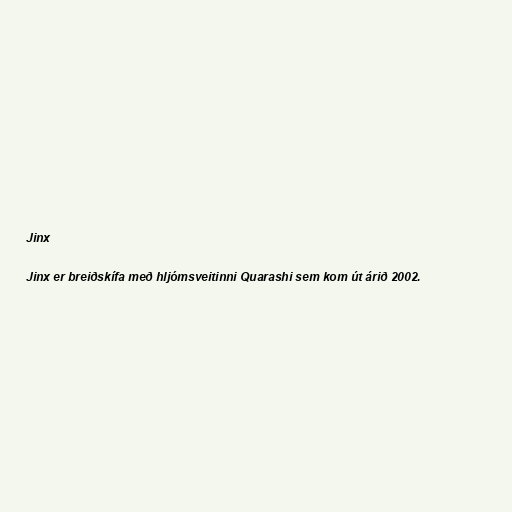
Jinx

Jinx er breiðskífa með hljómsveitinni Quarashi sem kom út árið 2002.